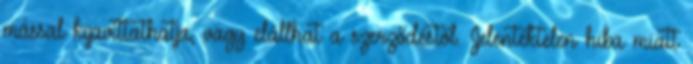
mással kijavíttathatja, vagy elállhat a szerződéstől. Jelentéktelen hiba miatt